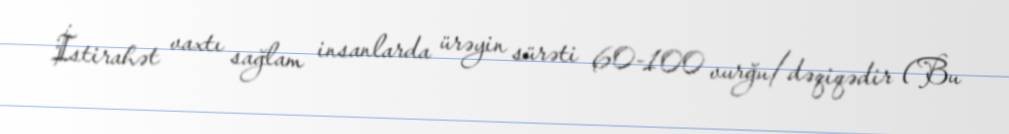
İstirahət vaxtı sağlam insanlarda ürəyin sürəti 60-100 vurğu/dəqiqədir (Bu